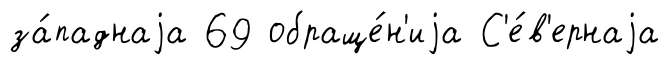
за́паднаjа 69 обраще́н'иjа С'е́в'ернаjа